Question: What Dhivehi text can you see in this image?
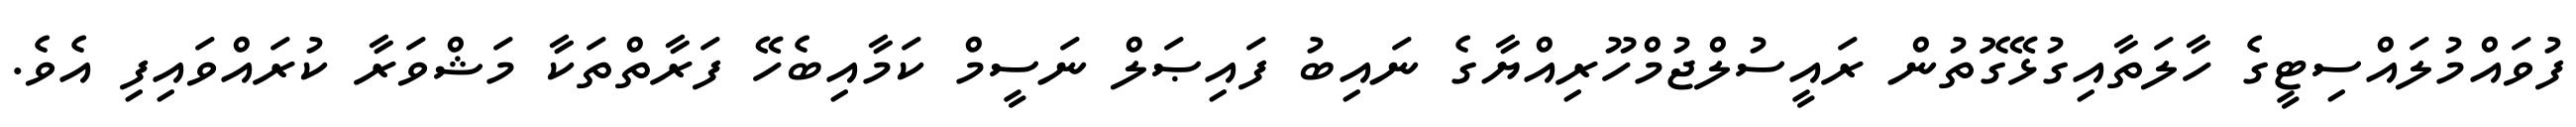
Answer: ފުވައްމުލައްސިޓީގެ ހާލަތާއިގުޅޭގޮތުން ރައީސުލްޖުމްހޫރިއްޔާގެ ނައިބު ފައިޞަލް ނަސީމް ކަމާއިބެހޭ ފަރާތްތަކާ މަޝްވަރާ ކުރައްވައިފި އެވެ.